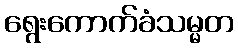
ရွေးကောက်ခံသမ္မတ